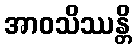
အာဝသိဿန္တိ